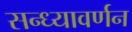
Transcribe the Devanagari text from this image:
सन्ध्यावर्णन